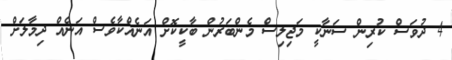
4 ދުވަަސް ކުރިން ސަނާކީ މަޖިލިސް މެންބަރުން ބާކީކޮށް އަނެއްކާވެސް އަނެއް ދިމާލަށް